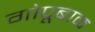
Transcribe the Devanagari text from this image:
गोपूबाळ